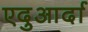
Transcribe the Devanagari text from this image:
एदुआर्दा